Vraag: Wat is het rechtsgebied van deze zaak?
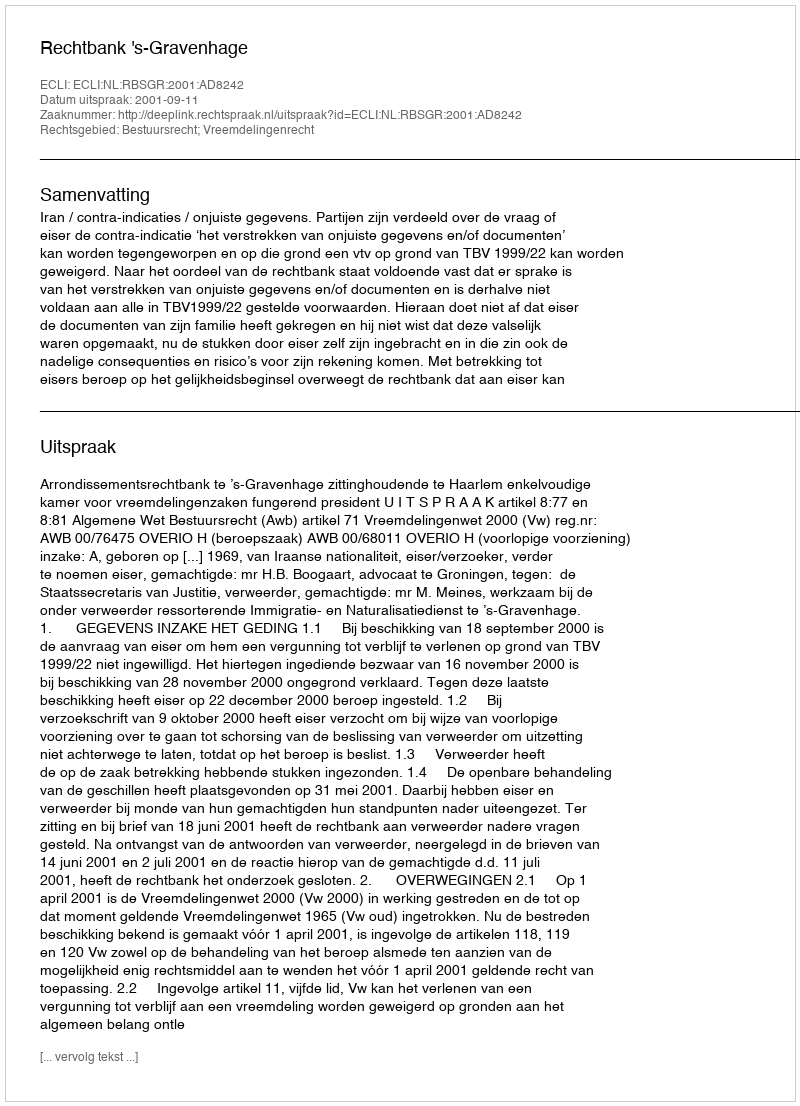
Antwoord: Bestuursrecht; Vreemdelingenrecht